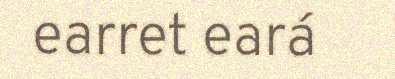
earret eará